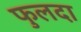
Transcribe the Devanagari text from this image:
फुलदा